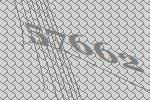
57662